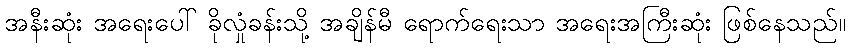
အနီးဆုံး အရေးပေါ် ခိုလှုံခန်းသို့ အချိန်မီ ရောက်ရေးသာ အရေးအကြီးဆုံး ဖြစ်နေသည်။